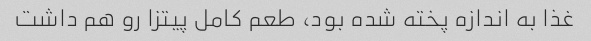
غذا به اندازه پخته شده بود، طعم کامل پیتزا رو هم داشت